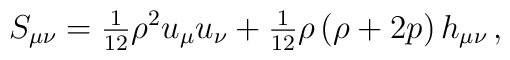
S_{\mu\nu}={\textstyle{1\over12}}\rho^2u_\mu u_\nu+{\textstyle{1\over12}}\rho\left(\rho+2 p\right)h_{\mu\nu}\,,